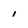
Character: l